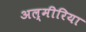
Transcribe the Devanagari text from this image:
अल्मीरिया